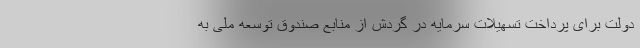
دولت برای پرداخت تسهیلات سرمایه در گردش از منابع صندوق توسعه ملی به